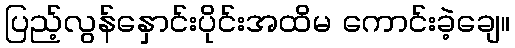
ပြည့်လွန်နှောင်းပိုင်းအထိမ ကောင်းခဲ့ချေ။